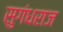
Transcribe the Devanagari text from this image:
सुगंधराज